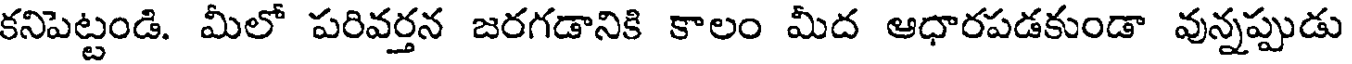
కనిపెట్టండి. మీలో పరివర్తన జరగడానికి కాలం మీద ఆధారపడకుండా వున్నప్పుడు